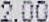
2.00